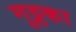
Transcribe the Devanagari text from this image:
गुट्टका